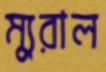
ম্যুরাল